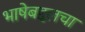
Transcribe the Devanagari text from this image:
भाषेबद्दलचा